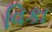
વિકા